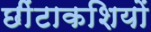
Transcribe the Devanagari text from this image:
छींटाकशियों